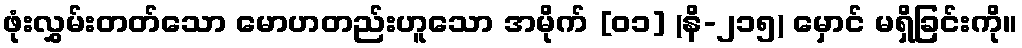
ဖုံးလွှမ်းတတ်သော မောဟတည်းဟူသော အမိုက် [၀၁] (နိ-၂၁၅) မှောင် မရှိခြင်းကို။